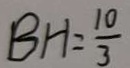
B H = \frac { 1 0 } { 3 }